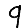
Digit: 9